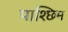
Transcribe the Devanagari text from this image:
पाश्छिम